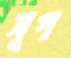
সূপ